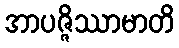
အာပဇ္ဇိဿာမာတိ